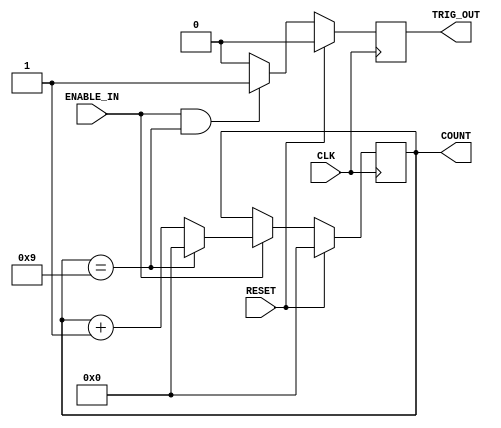
module GENERIC(
        CLK,
        RESET,
        ENABLE_IN,
        TRIG_OUT,
        COUNT

    );
    
    parameter COUNTER_WIDTH = 4;
    parameter COUNTER_MAX = 9;
    
    input     CLK;
    input     RESET;
    input     ENABLE_IN;
    output    TRIG_OUT;
    output    [COUNTER_WIDTH-1:0] COUNT;
    
    //Declare registers that hold the current count value and trigger out
    //between clock cycles
    
    reg [COUNTER_WIDTH-1:0] count_value;
    reg Trigger_out;
    
    //Synchronours logic  for value of count_Value
    
   always@(posedge CLK) begin
       if(RESET)
           count_value<=0;
       else begin
           if(ENABLE_IN) begin
               if(count_value == COUNTER_MAX)
                   count_value <=0;
               else
                   count_value <= count_value +1;
           end
       end
   end
   
   //Synchronous logic for Trigger_out
   always@(posedge CLK) begin
       if(RESET)
           Trigger_out <=0;
       else begin
           if (ENABLE_IN && (count_value == COUNTER_MAX))
               Trigger_out <= 1;
           else
               Trigger_out <= 0;
       end
   end
   
   //Asignment that tie the count_value and Trigger_out to 
   //COUNT and TRIG_OUT respectivily
   
   assign COUNT      = count_value;
   assign TRIG_OUT   = Trigger_out;
   
endmodule